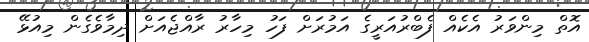
އޮތް މިންވަރު އެކެއް ފެބްރުއަރީގެ އަމުރަށް ފަހު މިހާރު ރާއްޖެއަށް ދިމާވެގެން މިއުޅޭ